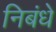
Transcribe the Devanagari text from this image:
निबंधे